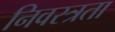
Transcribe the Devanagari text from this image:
निवस्त्रता